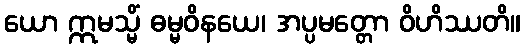
ယော ဣမသ္မိံ ဓမ္မဝိနယေ၊ အပ္ပမတ္တော ဝိဟိဿတိ။